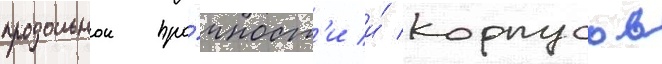
продольнои про́чност'и и́ корпусов